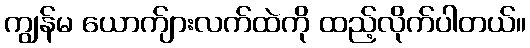
ကျွန်မ ယောက်ျားလက်ထဲကို ထည့်လိုက်ပါတယ်။